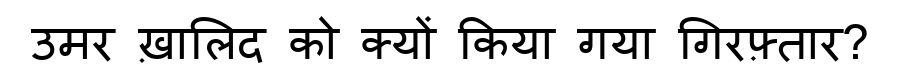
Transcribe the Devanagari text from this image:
उमर ख़ालिद को क्यों किया गया गिरफ़्तार?